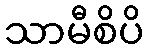
သာမီစိပိ